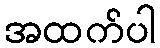
အထက်ပါ